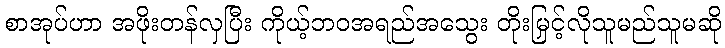
စာအုပ်ဟာ အဖိုးတန်လှပြီး ကိုယ့်ဘဝအရည်အသွေး တိုးမြှင့်လိုသူမည်သူမဆို